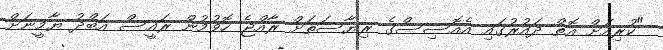
"ކުރިއަށް އޮތް ދައުރުގައި އެއޮސިސްގެ ރިޔާސަތަށް ރާއްޖެ ހޮވުމުން ރައީސް އަބްދު ޔާމީނަށް